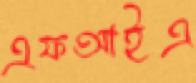
এফআইএ